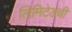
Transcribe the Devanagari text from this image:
लिमिटेडची